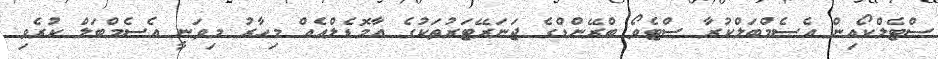
ސްޓެލްކޯއިން އެސެމްބަލްކުރާ ސްޓެވޯ ބްރޭންޑްގެ ޖަނަރޭޓަރުތަކުގެ އާމޮޑެލްއެއް މިހާރު މިވަނީ އެސެމްބަލް ކުރެވި